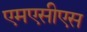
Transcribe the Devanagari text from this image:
एमएसीएस